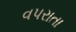
વપરાતા